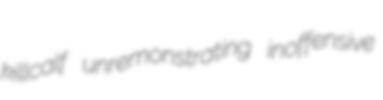
killcalf unremonstrating inoffensive